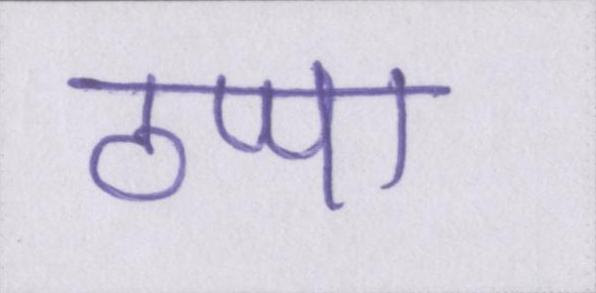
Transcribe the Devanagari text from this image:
ठप्पा